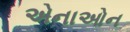
એનાઓન